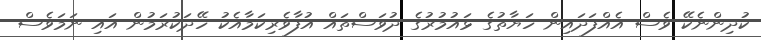
ކުދިންނެކޭ ވެސް އެއްފަދައިން ހަޔާތުގެ ޅައުމުރުގެ ދުވަސްތައް އުފާވެރިކަމާއެކު ހޭދަކުރަމުން އައި ނަމަވެސް